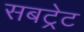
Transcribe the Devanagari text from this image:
सबट्रेट